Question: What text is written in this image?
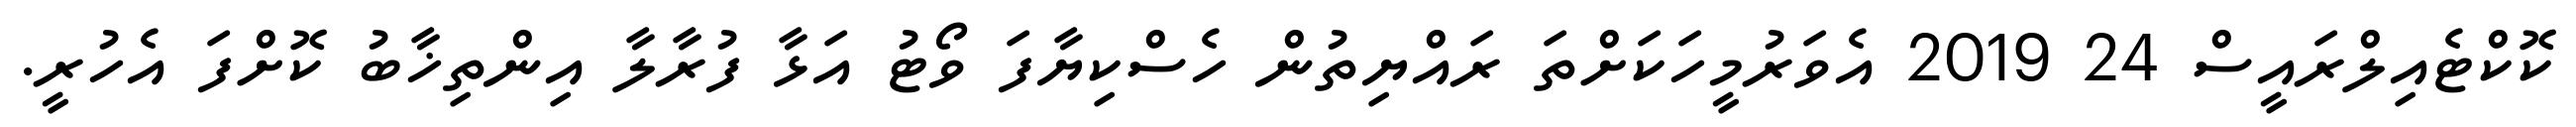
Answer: ކޮކްޓެއިލްރައީސް 24 2019 އެވަރުމީހަކަށްތަ ރައްޔިތުން ހެސްކިޔާފަ ވޯޓު އަޅާ ފުރާލާ އިންތިޚާބު ކޮށްފަ އެހުރީ.